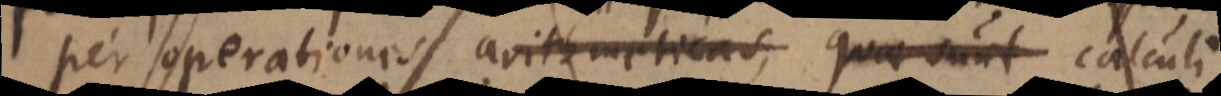
per operationes arithmeticas, quae sunt calculi